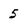
Character: 5